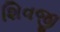
શિવજી